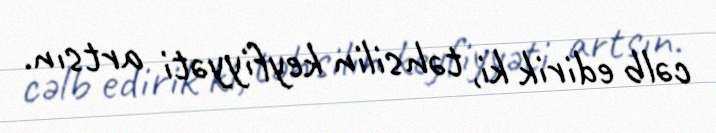
cəlb edirik ki, təhsilin keyfiyyəti artsın.